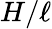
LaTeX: H/\ell